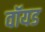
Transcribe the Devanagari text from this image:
वॉयड